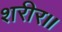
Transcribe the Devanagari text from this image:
शरीर॥